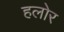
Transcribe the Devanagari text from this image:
हलोर